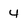
Character: 4